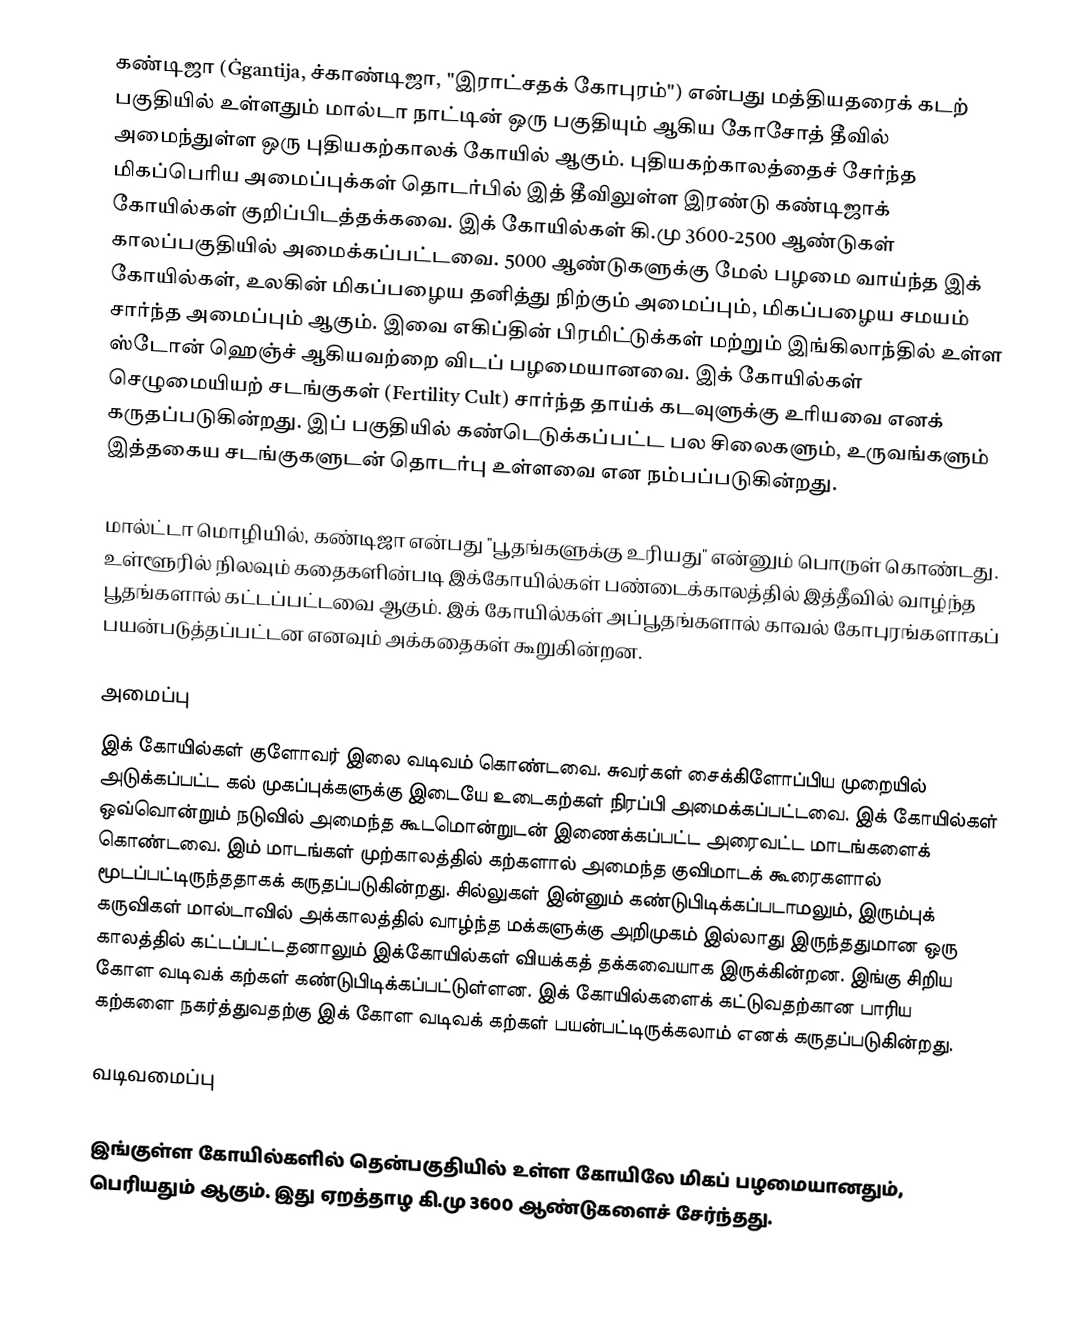
கண்டிஜா (Ġgantija, ச்காண்டிஜா, "இராட்சதக் கோபுரம்") என்பது மத்தியதரைக் கடற் பகுதியில் உள்ளதும் மால்டா நாட்டின் ஒரு பகுதியும் ஆகிய கோசோத் தீவில் அமைந்துள்ள ஒரு புதியகற்காலக் கோயில் ஆகும். புதியகற்காலத்தைச் சேர்ந்த மிகப்பெரிய அமைப்புக்கள் தொடர்பில் இத் தீவிலுள்ள இரண்டு கண்டிஜாக் கோயில்கள் குறிப்பிடத்தக்கவை. இக் கோயில்கள் கி.மு 3600-2500 ஆண்டுகள் காலப்பகுதியில் அமைக்கப்பட்டவை. 5000 ஆண்டுகளுக்கு மேல் பழமை வாய்ந்த இக் கோயில்கள், உலகின் மிகப்பழைய தனித்து நிற்கும் அமைப்பும், மிகப்பழைய  சமயம் சார்ந்த அமைப்பும் ஆகும். இவை எகிப்தின் பிரமிட்டுக்கள் மற்றும் இங்கிலாந்தில் உள்ள ஸ்டோன் ஹெஞ்ச் ஆகியவற்றை விடப் பழமையானவை. இக் கோயில்கள் செழுமையியற் சடங்குகள் (Fertility Cult) சார்ந்த தாய்க் கடவுளுக்கு உரியவை எனக் கருதப்படுகின்றது. இப் பகுதியில் கண்டெடுக்கப்பட்ட பல சிலைகளும், உருவங்களும் இத்தகைய சடங்குகளுடன் தொடர்பு உள்ளவை என நம்பப்படுகின்றது.

மால்ட்டா மொழியில், கண்டிஜா என்பது "பூதங்களுக்கு உரியது" என்னும் பொருள் கொண்டது. உள்ளூரில் நிலவும் கதைகளின்படி இக்கோயில்கள் பண்டைக்காலத்தில் இத்தீவில் வாழ்ந்த பூதங்களால் கட்டப்பட்டவை ஆகும். இக் கோயில்கள் அப்பூதங்களால் காவல் கோபுரங்களாகப் பயன்படுத்தப்பட்டன எனவும் அக்கதைகள் கூறுகின்றன.

அமைப்பு
இக் கோயில்கள் குளோவர் இலை வடிவம் கொண்டவை. சுவர்கள் சைக்கிளோப்பிய முறையில் அடுக்கப்பட்ட கல் முகப்புக்களுக்கு இடையே உடைகற்கள் நிரப்பி அமைக்கப்பட்டவை. இக் கோயில்கள் ஒவ்வொன்றும் நடுவில் அமைந்த கூடமொன்றுடன் இணைக்கப்பட்ட அரைவட்ட மாடங்களைக் கொண்டவை. இம் மாடங்கள் முற்காலத்தில் கற்களால் அமைந்த குவிமாடக் கூரைகளால் மூடப்பட்டிருந்ததாகக் கருதப்படுகின்றது. சில்லுகள் இன்னும் கண்டுபிடிக்கப்படாமலும், இரும்புக் கருவிகள் மால்டாவில் அக்காலத்தில் வாழ்ந்த மக்களுக்கு அறிமுகம் இல்லாது இருந்ததுமான ஒரு காலத்தில் கட்டப்பட்டதனாலும் இக்கோயில்கள் வியக்கத் தக்கவையாக இருக்கின்றன. இங்கு சிறிய கோள வடிவக் கற்கள் கண்டுபிடிக்கப்பட்டுள்ளன. இக் கோயில்களைக் கட்டுவதற்கான பாரிய கற்களை நகர்த்துவதற்கு இக் கோள வடிவக் கற்கள் பயன்பட்டிருக்கலாம் எனக் கருதப்படுகின்றது.

வடிவமைப்பு

இங்குள்ள கோயில்களில் தென்பகுதியில் உள்ள கோயிலே மிகப் பழமையானதும், பெரியதும் ஆகும். இது ஏறத்தாழ கி.மு 3600 ஆண்டுகளைச் சேர்ந்தது.